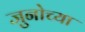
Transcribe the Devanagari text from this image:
जुनोच्या